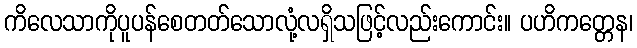
ကိလေသာကိုပူပန်စေတတ်သောလုံ့လရှိသဖြင့်လည်းကောင်း။ ပဟိကတ္တေန၊